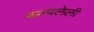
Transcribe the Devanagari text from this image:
कल्पलेली